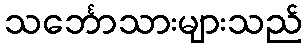
သင်္ဘောသားများသည်